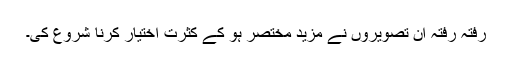
رفتہ رفتہ ان تصویروں نے مزید مختصر ہو کے کثرت اختیار کرنا شروع کی۔